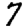
Digit: 7